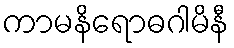
ကာမနိရောဓဂါမိနီ